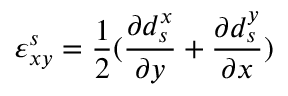
\varepsilon _ { x y } ^ { s } = \frac { 1 } { 2 } ( \frac { \partial d _ { s } ^ { x } } { \partial y } + \frac { \partial d _ { s } ^ { y } } { \partial x } )